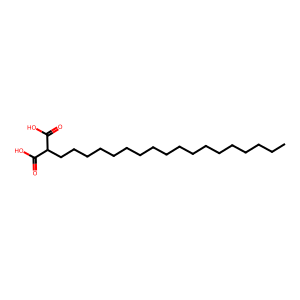
SMILES: CCCCCCCCCCCCCCCCCCC(C(=O)O)C(=O)O
Inhibits HIV replication: No